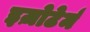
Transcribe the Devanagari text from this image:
इज़ोटेर्म